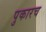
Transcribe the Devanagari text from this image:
पुकारच